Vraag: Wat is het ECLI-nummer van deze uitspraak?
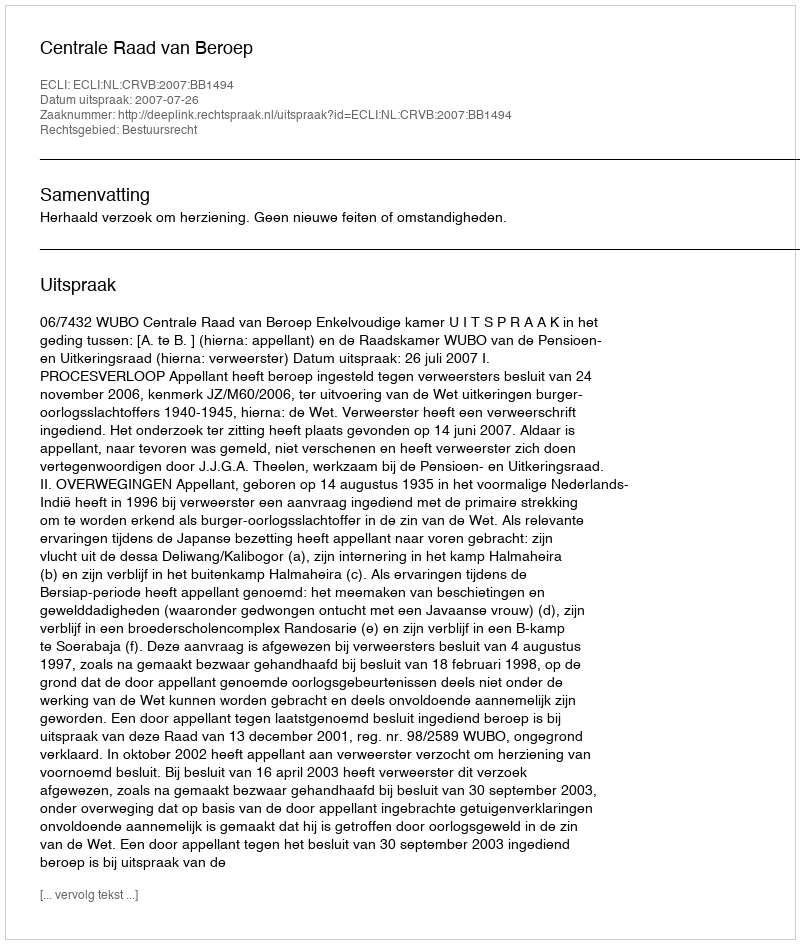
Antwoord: ECLI:NL:CRVB:2007:BB1494